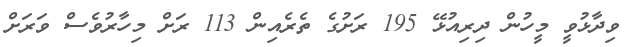
ވިދާޅުވީ މީހުން ދިރިއުޅޭ 195 ރަށުގެ ތެރެއިން 113 ރަށް މިހާރުވެސް ވަރަށް